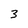
Character: 3